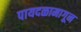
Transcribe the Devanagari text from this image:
पायदळामागून